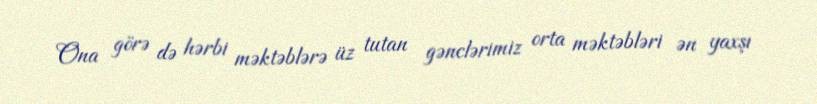
Ona görə də hərbi məktəblərə üz tutan gənclərimiz orta məktəbləri ən yaxşı